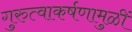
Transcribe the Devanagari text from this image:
गुरुत्वाकर्षणामुळीं